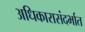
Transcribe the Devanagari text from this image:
अधिकारासंदर्भात